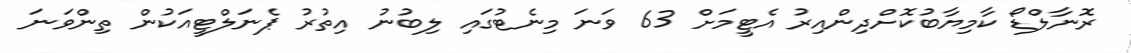
ރޮނާލްޑޯ ކާމިޔާބުކޮށްދިންއިރު އެޓީމަށް 63 ވަނަ މިނެޓުގައި ލިބުނު އިތުރު ޕެނަލްޓީއަކުން ތިންވަނަ